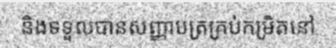
និងទទួលបានសញ្ញាបត្រគ្រប់កម្រិតនៅ